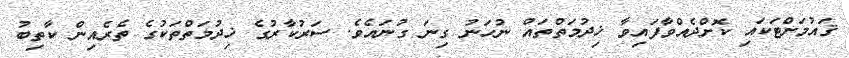
ޤައުމަށްޓަކައި ކޮށްދެއްވާފައިވާ ޚިދުމަތްތައް ނުހަނު ގިނަ ގުނައެވެ. ސަރުކާރުގެ ޚިދުމަތްތަކުގެ ތެރެއިން ކާތިބު